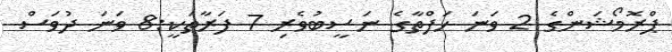
ޕްރޮމޯޝަންގެ 2 ވަނަ ހަފްތާގެ ނަސީބުވެރި 7 ފަރާތަކީ:8 ވަނަ ދުވަސް